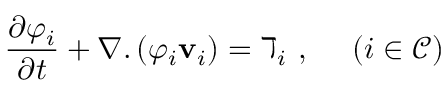
\frac { \partial \varphi _ { i } } { \partial t } + \nabla . \left( \varphi _ { i } \mathbf { v } _ { i } \right) = \daleth _ { i } ~ , ~ ~ ~ ~ \left( i \in \mathcal { C } \right)